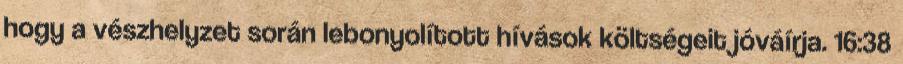
hogy a vészhelyzet során lebonyolított hívások költségeit jóváírja. 16:38